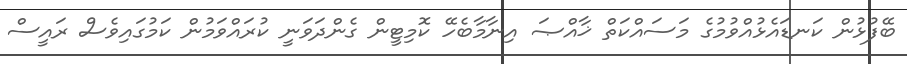
ބޭފުޅުން ކަނޑައެޅުއްވުމުގެ މަސައްކަތް ޚާއްޞަ އިނާމާބެހޭ ކޮމިޓީން ގެންދަވަނީ ކުރައްވަމުން ކަމުގައިވެސް ރައީސް